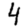
Digit: 4